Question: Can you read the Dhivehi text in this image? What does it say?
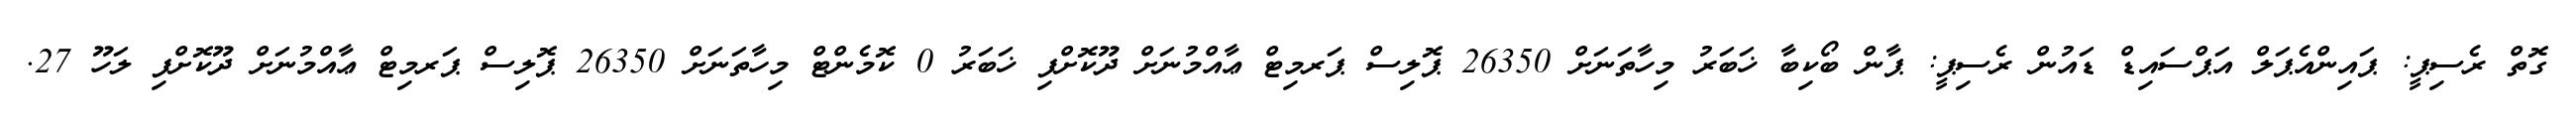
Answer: ގޮތް ރެސިޕީ: ޕައިންއެޕަލް އަޕްސައިޑް ޑައުން ރެސިޕީ: ޕާން ބޯކިބާ ޚަބަރު މިހާތަނަށް 26350 ޕޮލިސް ޕަރމިޓް ޢާއްމުނަށް ދޫކޮށްފި ޚަބަރު 0 ކޮމެންޓް މިހާތަނަށް 26350 ޕޮލިސް ޕަރމިޓް ޢާއްމުނަށް ދޫކޮށްފި ލަހޫ 27.